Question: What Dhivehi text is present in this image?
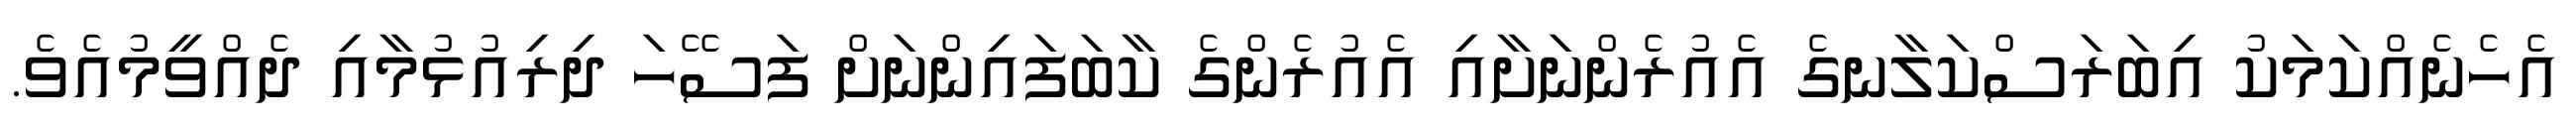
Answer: އެހެނެއްކަމަކު އިބަރަސްކަލާނގެ އެއުރެންނަށާއި އެއުރެންގެ ކާބަފައިންނަށް ފަސޭހަ ދިރިއުޅުމާއި ދެއްވީމުއެވެ.